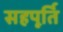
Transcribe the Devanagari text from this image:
सहपूर्ति